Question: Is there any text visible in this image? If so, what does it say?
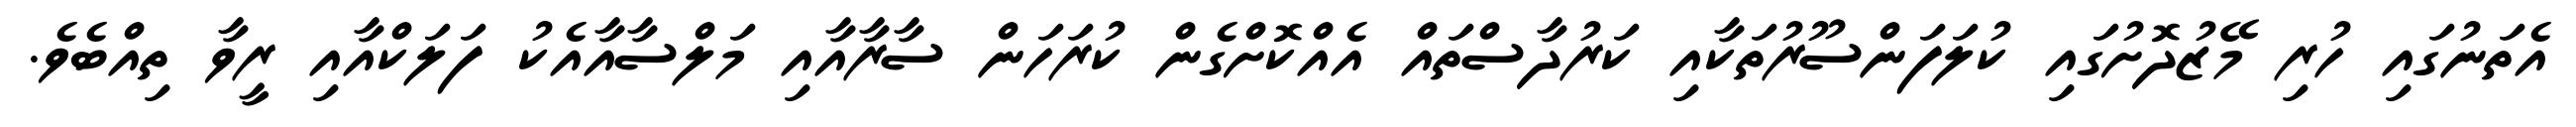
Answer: އެތަނުގައި ހުރި މޭޒުދޮށުގައި ކުލަފަންސޫރުތަކާއި ކަރުދާސްތައް އެއްކޮށްގެން ކުރަހަން ސާރާއާއި މަލްސާއާއެކު ފަލަކްއާއި ރީވާ ތިއްބެވެ.